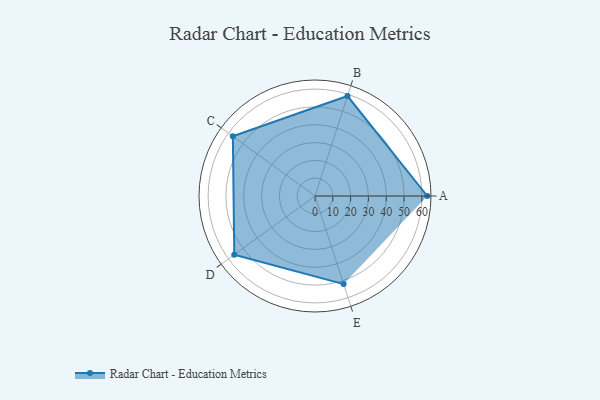
{"axis": {"x": "Skill", "y": "Score"}, "legend": ["Profile"], "data": [{"x": "A", "y": 63.0, "type": "Profile"}, {"x": "B", "y": 59.0, "type": "Profile"}, {"x": "C", "y": 57.0, "type": "Profile"}, {"x": "D", "y": 56.0, "type": "Profile"}, {"x": "E", "y": 52.0, "type": "Profile"}]}